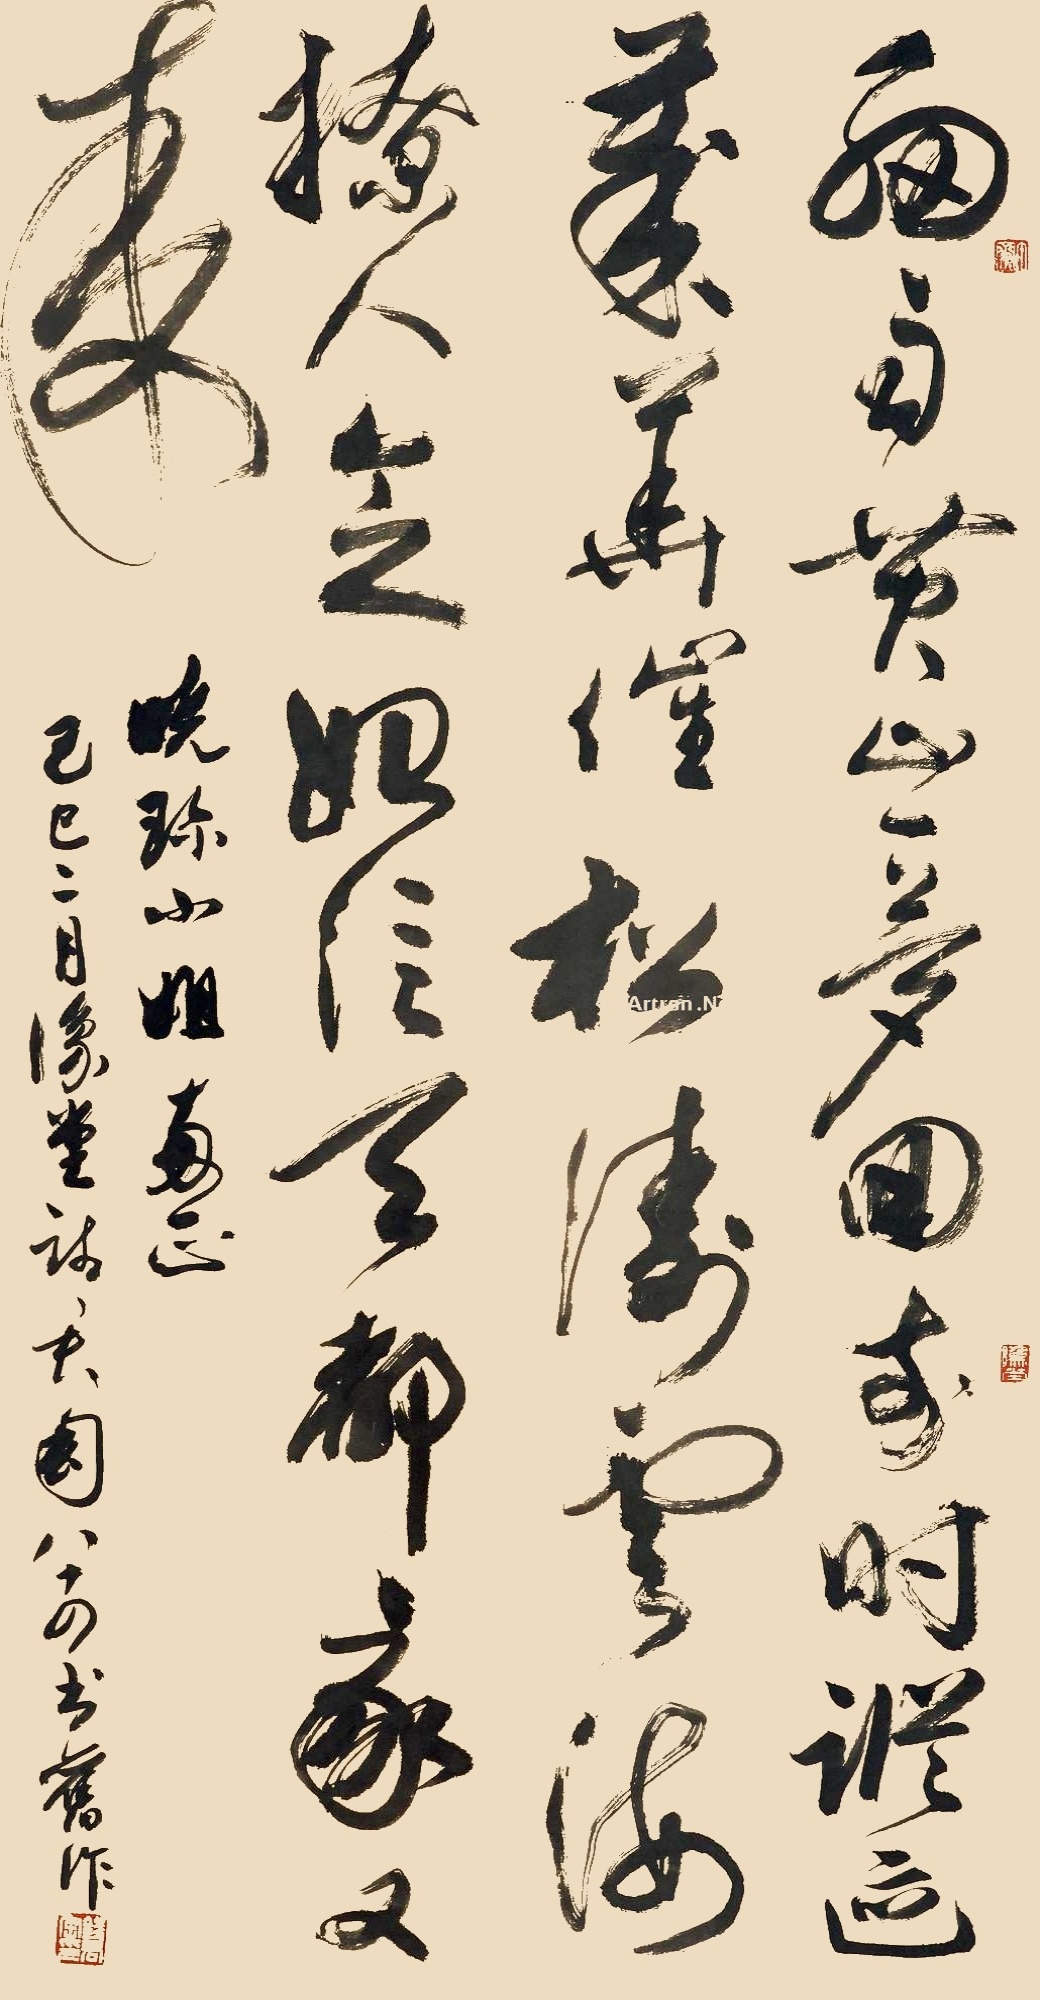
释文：细雨黄山一梦回，前时踪迹岁华催。松涛云海撩人意，娘信天都我又来。晓珍小姐两正，己巳二月，豫堂钱君匋八十四书旧作。